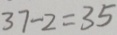
3 7 - 2 = 3 5